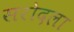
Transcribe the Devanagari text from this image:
सरोदला